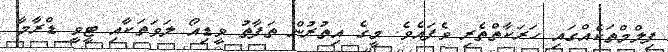
ފިލްމްތަކެއްގައި ހަރަކާތްތެރި ވެފައެވެ. މީގެ އިތުރުން ތަފާތު ވީޑިއޯ ލަވަތަކާއި ޓީވީ ޑްރާމާ